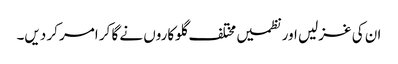
ان کی غزلیں اور نظمیں مختلف گلوکاروں نے گا کر امر کر دیں۔